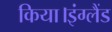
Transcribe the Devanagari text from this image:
किया।इंग्लैंड